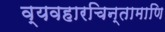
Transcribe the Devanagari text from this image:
व्यवहारचिन्तामाणि